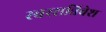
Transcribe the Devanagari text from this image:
स्वरसन्निवेश